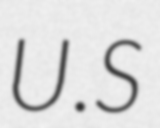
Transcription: U.S